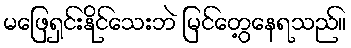
မဖြေရှင်းနိုင်သေးဘဲ မြင်တွေ့နေရသည်။